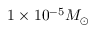
1 \times 1 0 ^ { - 5 } M _ { \odot }